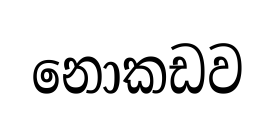
නොකඩව